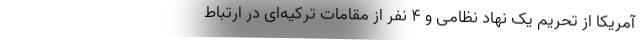
آمریکا از تحریم یک نهاد نظامی و ۴ نفر از مقامات ترکیه‌ای در ارتباط